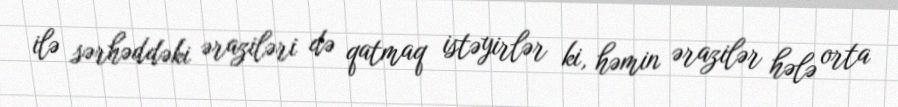
ilə sərhəddəki əraziləri də qatmaq istəyirlər ki, həmin ərazilər hələ orta